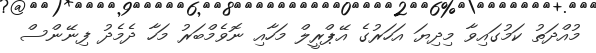
މުއްދަތު ކަމުގައިވާ މިދިޔަ އަހަރުގެ އޭޕްރީލް މަހާއި ނޮވެމްބަރު މަހާ ދެމެދު ފިނޭންސް